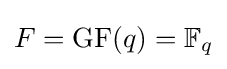
F=\mathrm {GF} (q)=\mathbb {F} _{q}